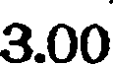
3.00